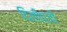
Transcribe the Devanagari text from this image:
दिलीपजी